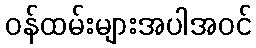
ဝန်ထမ်းများအပါအဝင်